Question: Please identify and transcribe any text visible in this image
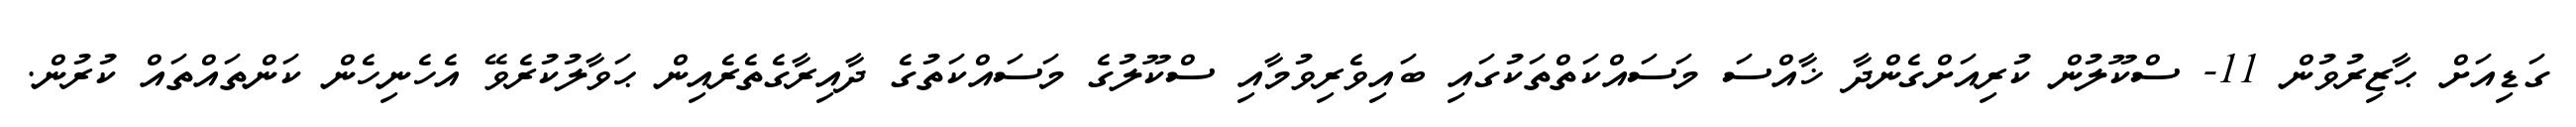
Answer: ގަޑިއަށް ޙާޒިރުވުން 11- ސްކޫލުން ކުރިއަށްގެންދާ ޚާއްސަ މަސައްކަތްތަކުގައި ބައިވެރިވުމާއި ސްކޫލުގެ މަސައްކަތުގެ ދާއިރާގެތެރެއިން ޙަވާލުކުރެވޭ އެހެނިހެން ކަންތައްތައް ކުރުން.